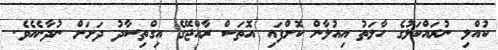
ކުއްލި ނުރައްކަލުގެ ހާލަތު އިއުލާން ކޮށްފައި އޮތަސް ރާއްޖޭގެ އިގްތިސާދު ދަށަށް ނުދާނެއެވެ.